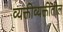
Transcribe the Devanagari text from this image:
व्यक्तीव्यक्तींतील